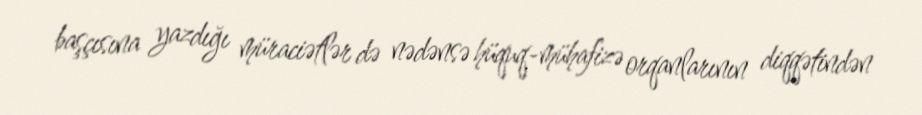
başçısına yazdığı müraciətlər də nədənsə hüquq-mühafizə orqanlarının diqqətindən